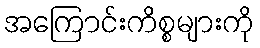
အကြောင်းကိစ္စများကို